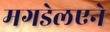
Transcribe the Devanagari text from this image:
मगडेलएने